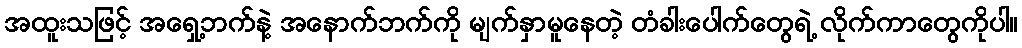
အထူးသဖြင့် အရှေ့ဘက်နဲ့ အနောက်ဘက်ကို မျက်နှာမူနေတဲ့ တံခါးပေါက်တွေရဲ့ လိုက်ကာတွေကိုပါ။